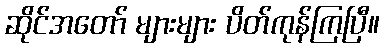
ဆိုင်အတော် များများ ပိတ်ကုန်ကြပြီ။